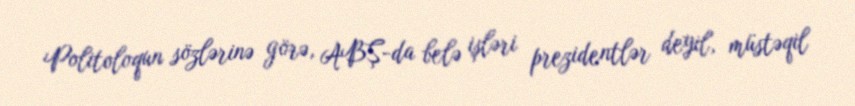
Politoloqun sözlərinə görə, ABŞ-da belə işləri prezidentlər deyil, müstəqil